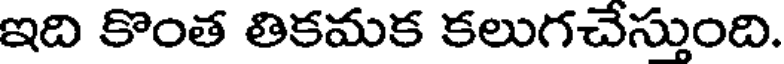
ఇది కొంత తికమక కలుగచేస్తుంది.